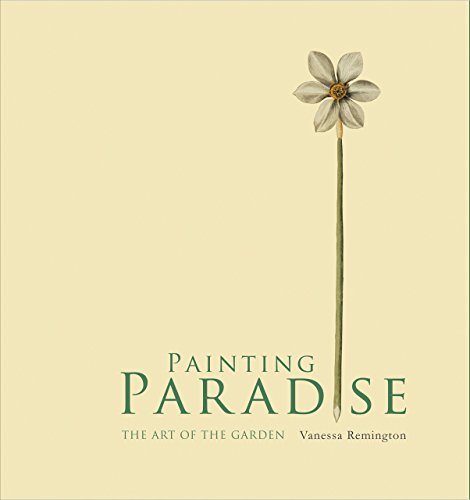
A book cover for Painting Paradise: The Art of the Garden; Vanessa Remington; Crafts, Hobbies & Home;